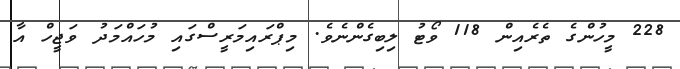
228 މީހުންގެ ތެރެއިން 118 ވޯޓު ލިބިގެންނެވެ. މިޕްރައިމަރީސްގައި މުހައްމަދު ވަޖީހް އާ